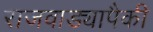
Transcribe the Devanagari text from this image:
राजवाड्यापैकी